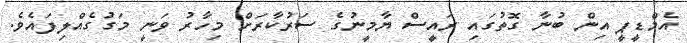
އެމްޑީޕީ އިން ބުނާ ގޮތުގައި ރައީސް ޔާމީނުގެ ސަރުކާރަށް މިހާރު ވަނީ މަގުގެއްލިފައެވެ.